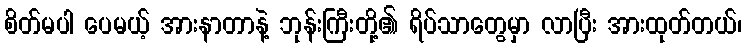
စိတ်မပါ ပေမယ့် အားနာတာနဲ့ ဘုန်းကြီးတို့၏ ရိပ်သာတွေမှာ လာပြီး အားထုတ်တယ်၊